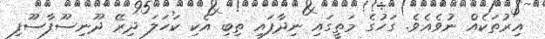
އިރުތަކެއް ނުވެއެވެ. ގަހުގެ މަތީގައި ނިދާފައި ތިބި އެކި ކަހަލަ ދިރޭ ދޫނިސޫފާސޫފި